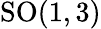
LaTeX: \mathrm{SO}(1,3)